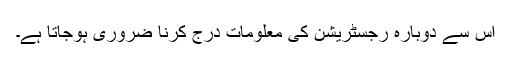
اس سے دوبارہ رجسٹریشن کی معلومات درج کرنا ضروری ہوجاتا ہے۔